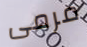
مرمى